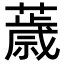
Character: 𦿧